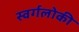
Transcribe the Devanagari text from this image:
स्वर्गलोकी